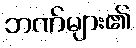
ဘဏ်များ၏